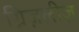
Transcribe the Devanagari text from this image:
ग्रिज़लीज़